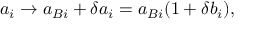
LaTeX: a _ { i } \to a _ { B i } + \delta a _ { i } = a _ { B i } ( 1 + \delta b _ { i } ) ,